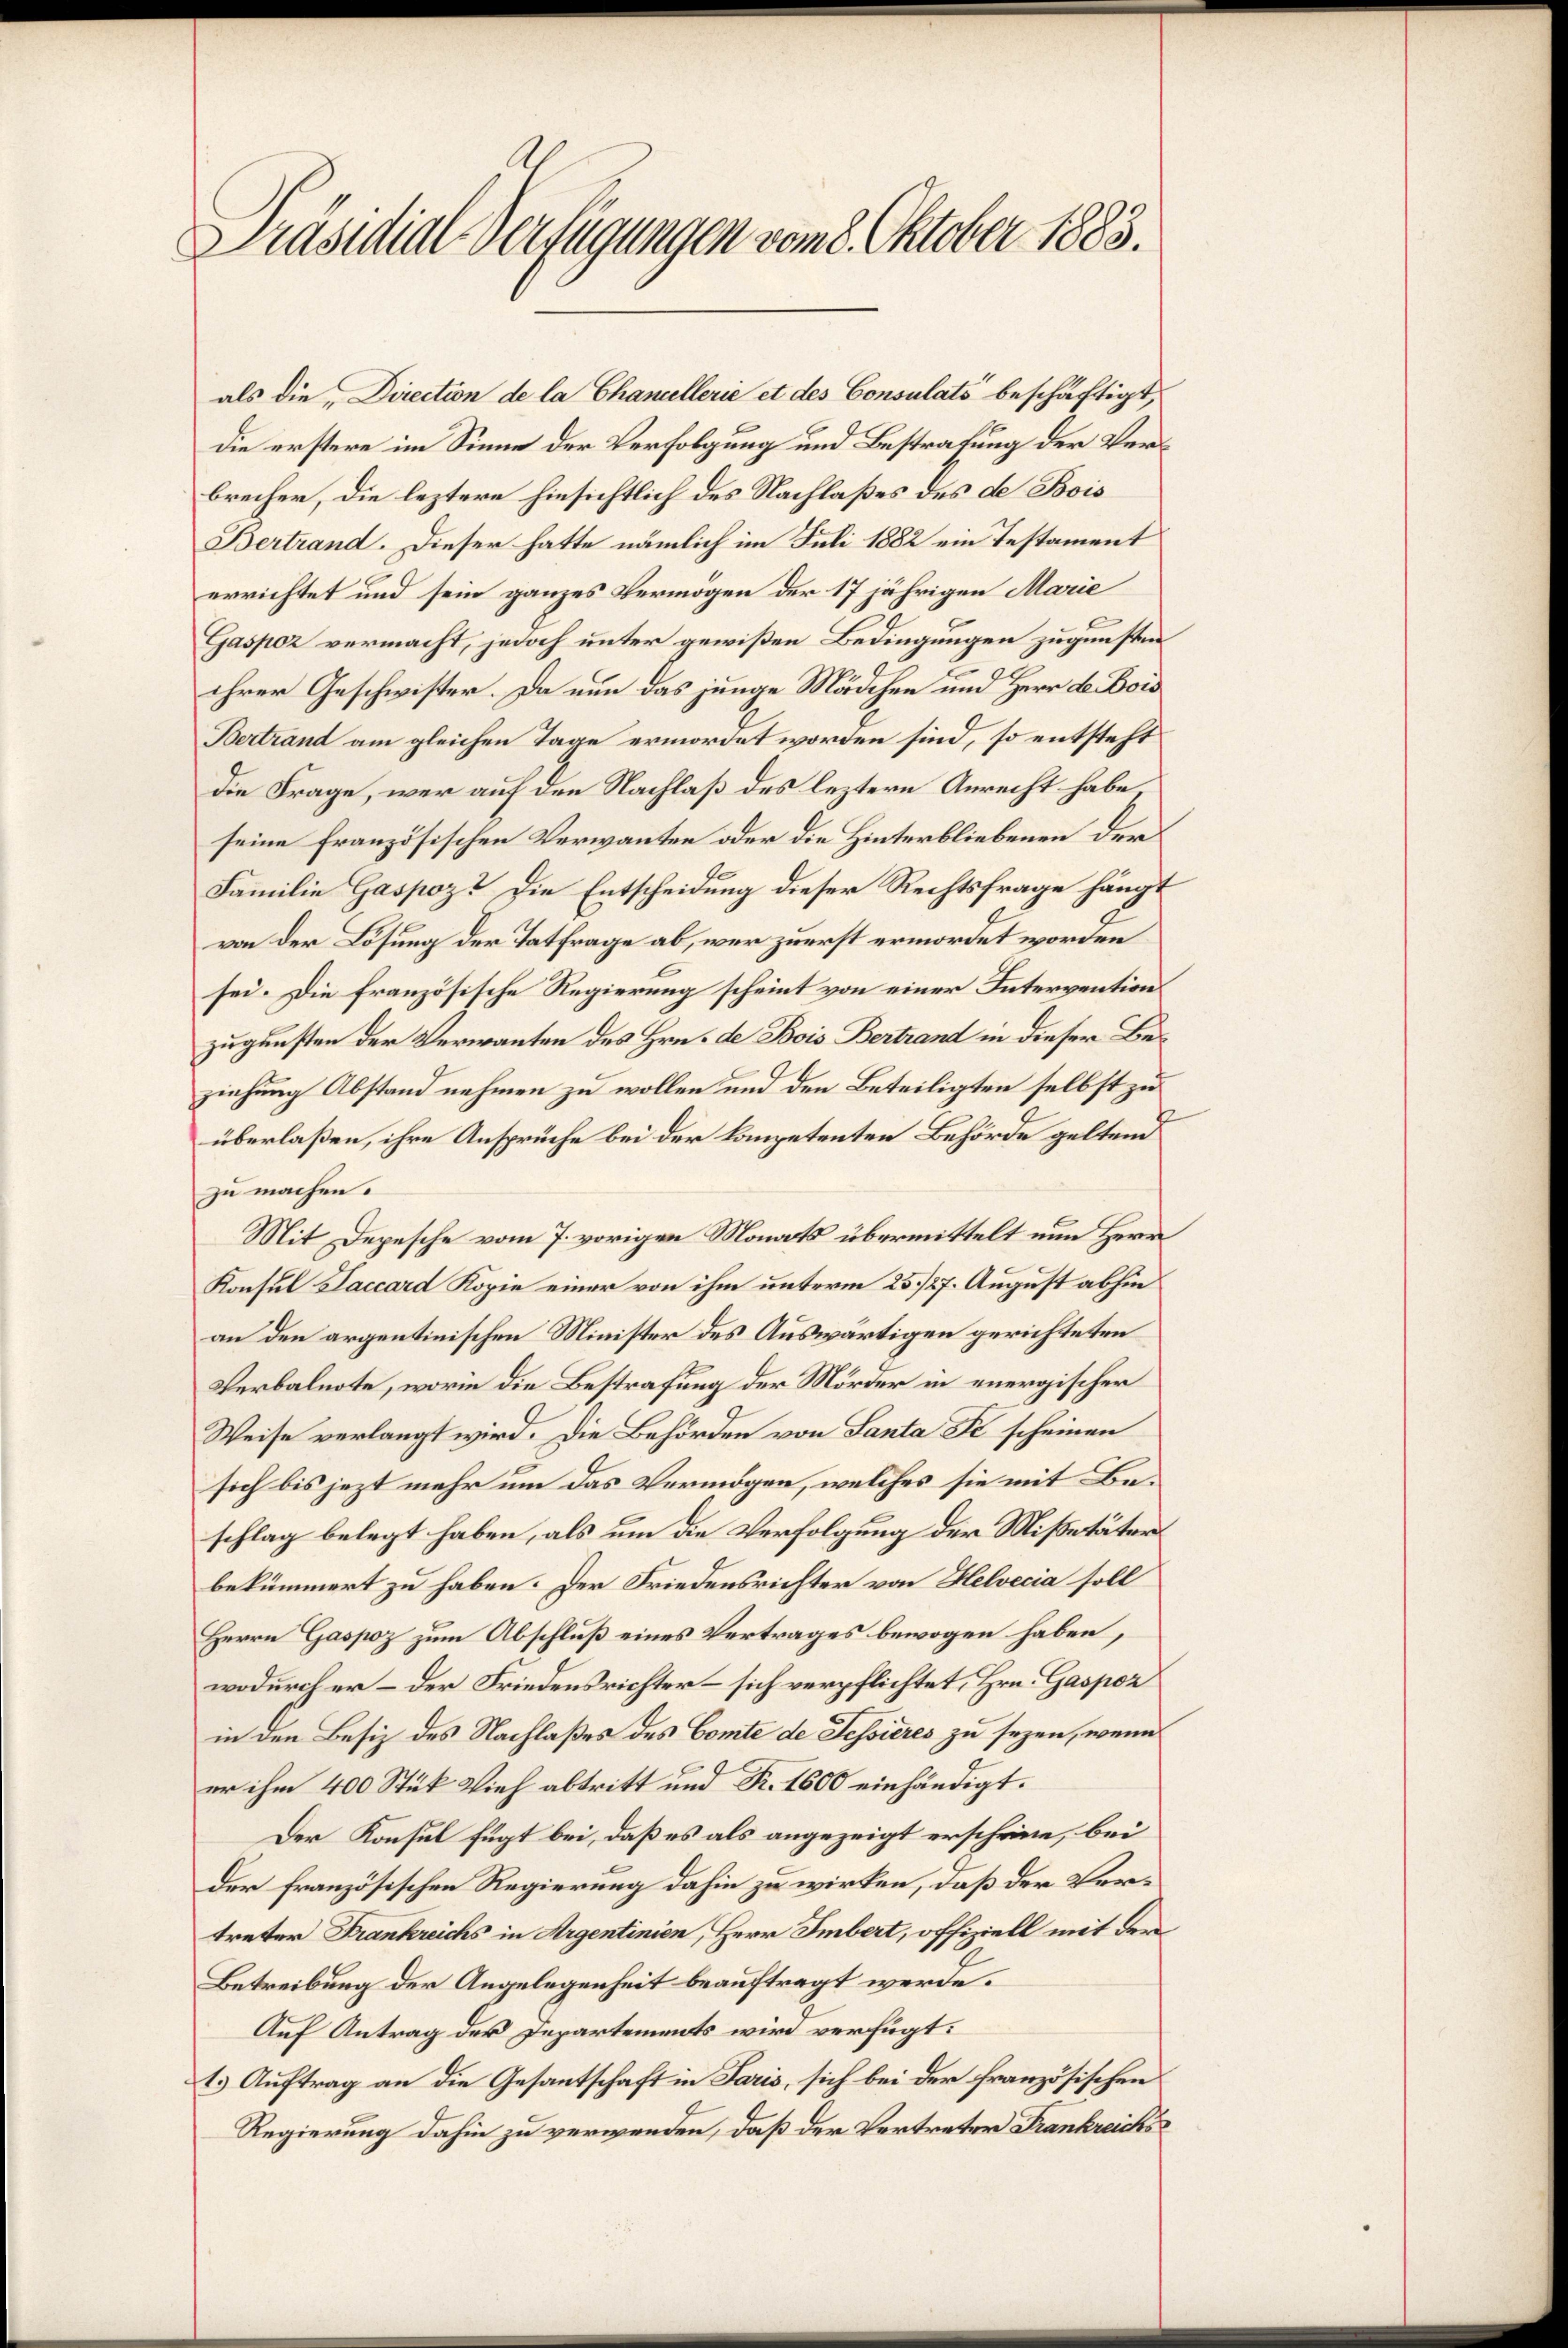
Präsidial-Verfügungen vom 8. Oktober 1883.

als die Direction de la Chancellerie et des Consulats beschäftigt,
die erstere im Sinne der Verfolgung und Bestrafung der Verbrecher, die leztere hinsichtlich des Nachlaßes des de Bois
Bertrand. Dieser hatte nämlich im Juli 1882 ein Testament
errichtet und sein ganzes Vermögen der 17 jährigen Marie
Gaspoz vermacht, jedoch unter gewißen Bedingungen zugunsten
ihrer Geschwister. Da nun das junge Mädchen und Herr A. Bois
Bertrand am gleichen Tage ermordet worden sind, so entsteht
die Frage, wer auf den Nachlaß des leztere Anrecht habe,
seine französischen Verwanten oder die Hinterbliebenen der
Familie Gaspoz? Die Entscheidung dieser Rechtsfrage hängt
von der Lösung der Tatfrage ab, wer zuerst ermordet worden
sei. Die französische Regierung scheint von einer Intervention
zugunsten der Verwanten des Hrn. de Bois Bertrand in dieser Beziehung Abstand nehmen zu wollen und den Beteiligten selbst zu
überlaßen, ihre Ansprüche bei der Kompetenten Behörde gelten
zu machen.
Mit Depesche vom 7. vorigen Monats übermittelt nun Herr
Konsul Saccard Kopie einer von ihm unterm 25./27. August abhin
an den argentinischen Minister des Auswärtigen gerichteten
Verbalnote, worin die Bestrafung der Mörder in energischer
Weise verlangt wird. Die Behörden von Santa Se scheinen
sich bis jezt mehr um das Vermögen, welches sie mit Beschlag belegt haben, als um die Verfolgung der Mißetäter
bekümmert zu haben. Der Friedensrichter von Helvecia soll
Herrn Gaspoz zum Abschluß eines Vertrages bewogen haben,
wodurch er – der Friedensrichter – sich verpflichtet, Hrn. Gaspor
in den Besiz des Nachlaßes des Comte de Tessieres zu seyen, wenn
er ihm 400 Stük Vieh abtritt und Fr. 1600 einhändigt.
Der Konsul fügt bei, daß es als angezeigt erscheine, bei
der französischen Regierung dahin zu wirken, daß der Vertreter Frankreichs in Argentinien, Herr Imbert, offiziell mit der
Betreibung der Angelegenheit beauftragt werde.
Auf Antrag des Departements wird verfügt:
1.) Auftrag an die Gesantschaft in Paris, sich bei der französischen
Regierung dahin zu verwenden, daß der Vertreter Frankreichs